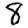
Digit: 8